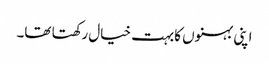
اپنی بہنوں کابہت خیال رکھتا تھا۔